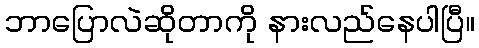
ဘာပြောလဲဆိုတာကို နားလည်နေပါပြီ။